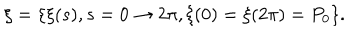
LaTeX: \xi = \{ \xi ( s ) , s = 0 \rightarrow 2 \pi , \xi ( 0 ) = \xi ( 2 \pi ) = P _ { 0 } \} .